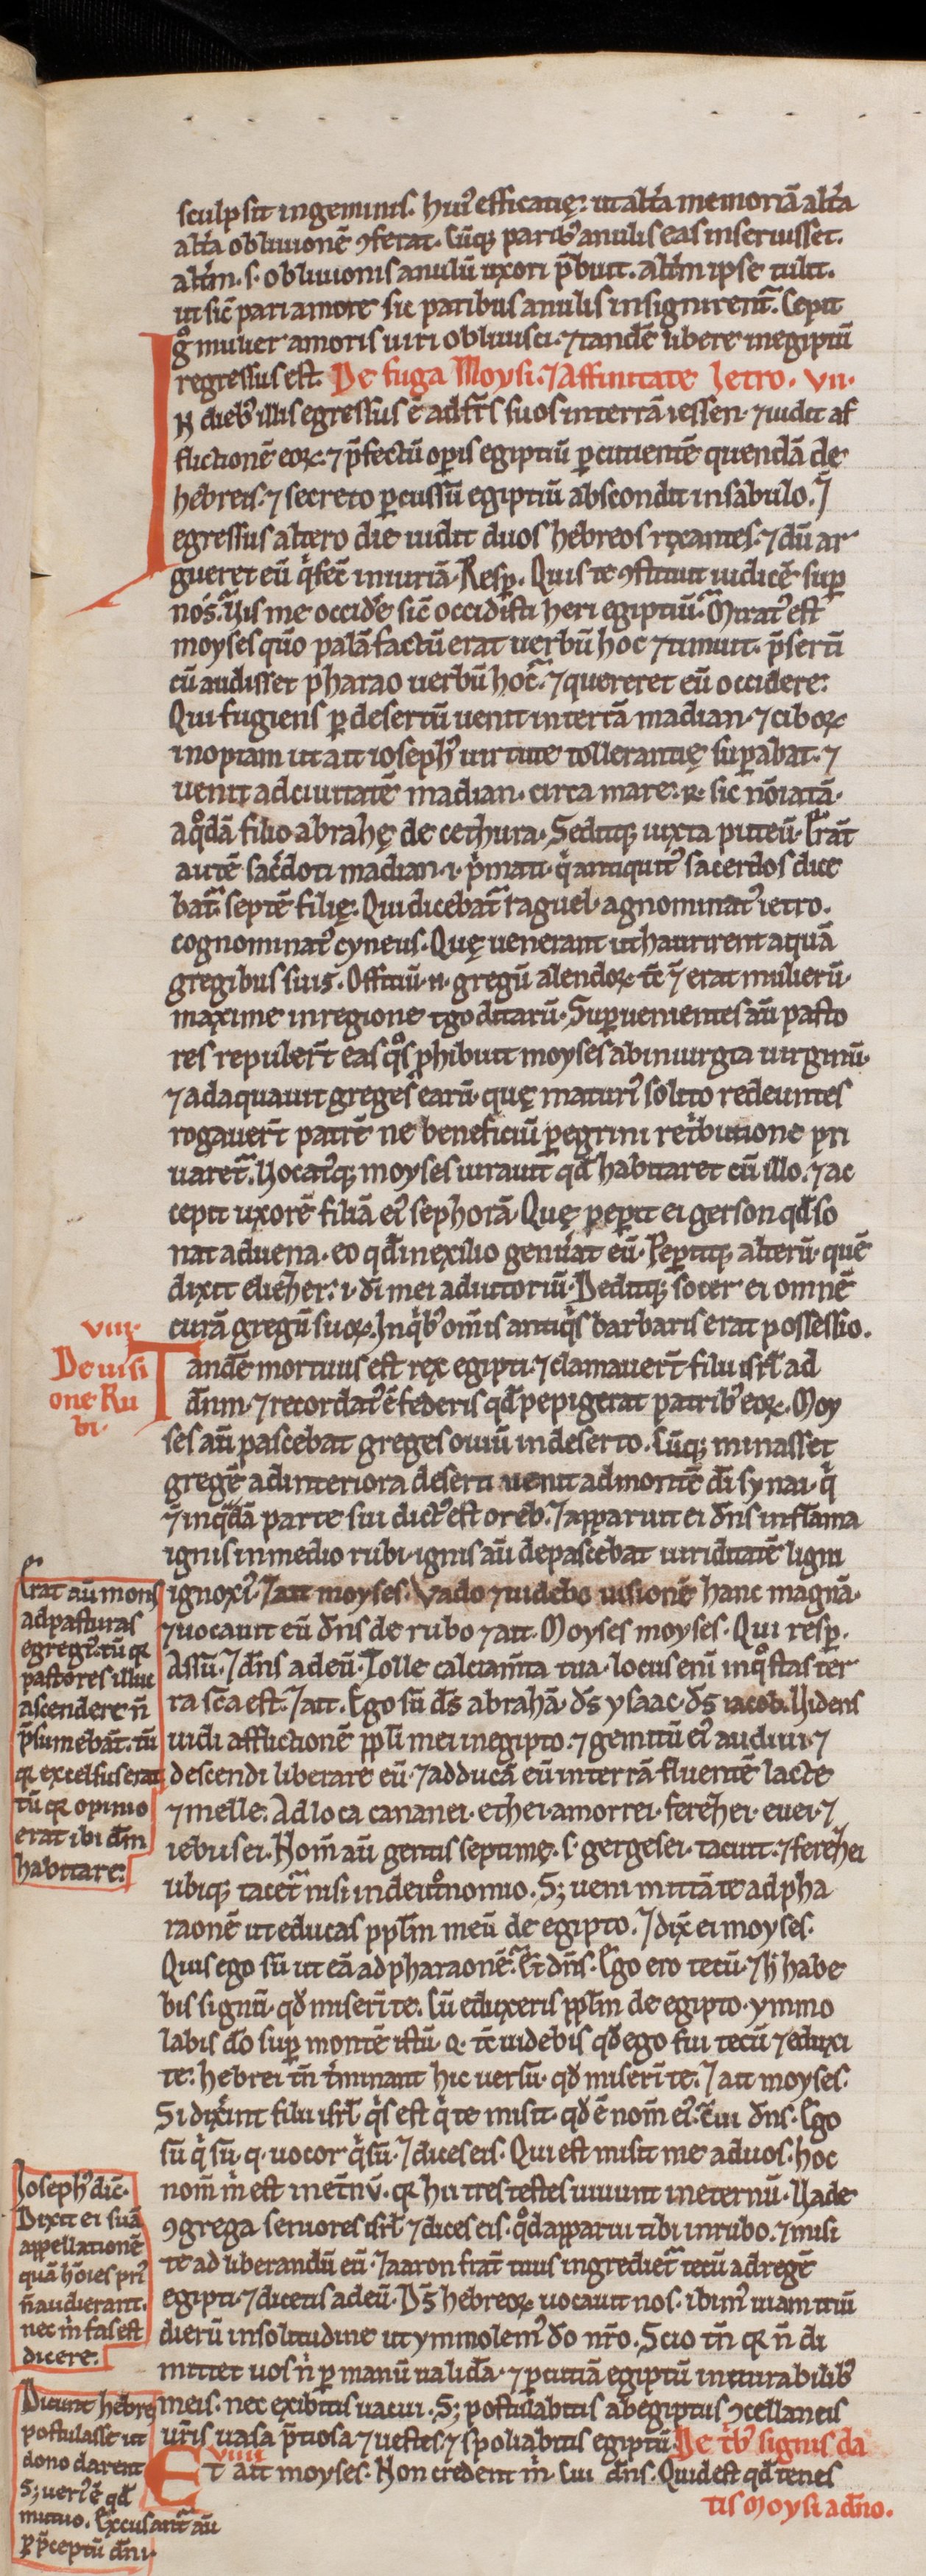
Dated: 1200–1299